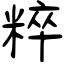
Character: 粹